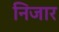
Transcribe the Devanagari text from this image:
निजार